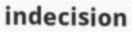
indecision